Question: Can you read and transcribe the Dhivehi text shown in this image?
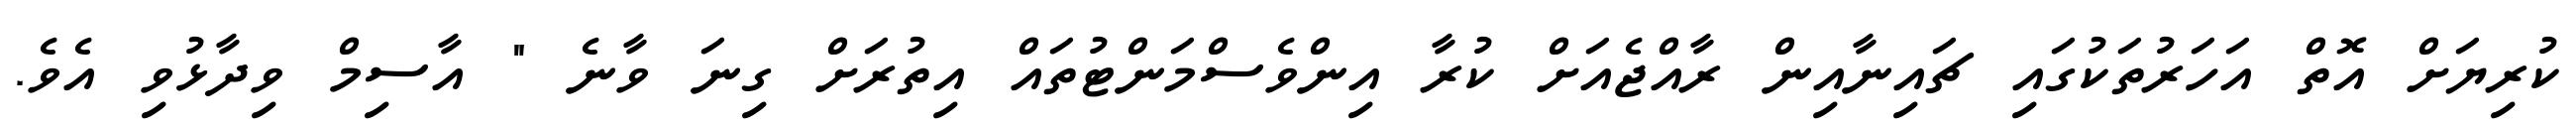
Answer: ކުރިޔަށް އޮތް އަހަރުތަކުގައި ޗައިނާއިން ރާއްޖެއަށް ކުރާ އިންވެސްމަންޓުތައް އިތުރަށް ގިނަ ވާނެ " އާސިމް ވިދާޅުވި އެވެ.